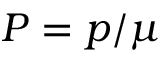
P = p / \mu